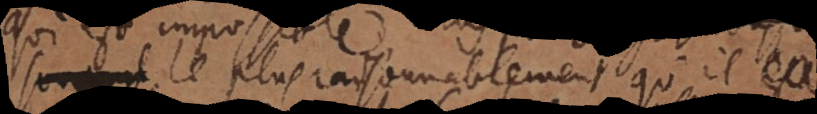
plus raisonnablement qu’il se